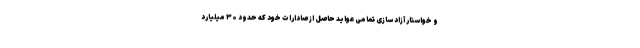
و خواستار آزاد سازی تمامی عواید حاصل از صادارات خود که حدود ۳۰ میلیارد